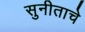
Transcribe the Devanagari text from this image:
सुनीताचे